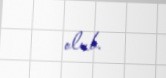
olub.